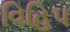
વિહિપ